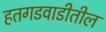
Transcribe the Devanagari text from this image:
हतगडवाडीतील